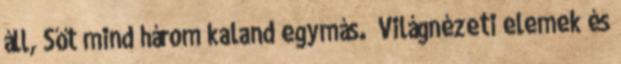
áll, Sőt mind három kaland egymás. Világnézeti elemek és